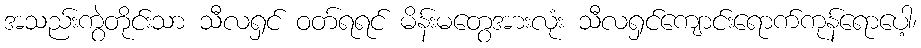
အသည်းကွဲတိုင်းသာ သီလရှင် ဝတ်ရရင် မိန်းမတွေအားလုံး သီလရှင်ကျောင်းရောက်ကုန်ရောပေါ့၊